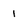
Character: 1